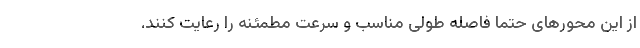
از این محور‌های حتما فاصله طولی مناسب و سرعت مطمئنه را رعایت کنند.